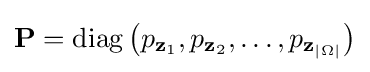
\mathbf {P} =\operatorname {diag} \left(p_{\mathbf {z} _{1}},p_{\mathbf {z} _{2}},\dots ,p_{\mathbf {z} _{|\Omega |}}\right)